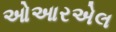
ઓઆરએલ